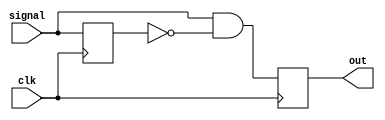
module risingedgedetector (
    input signal,
    input clk,
    output reg out
);
    reg signal_delay;
    always @(posedge clk) begin
        signal_delay <= signal; 
        out = signal & ~signal_delay;
    end
endmodule